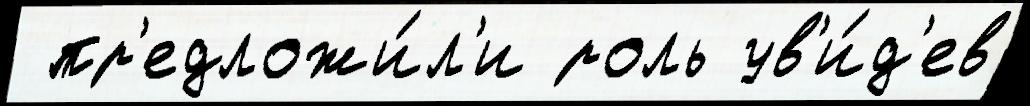
 пр'едложи́л'и роль ув'и́д'ев